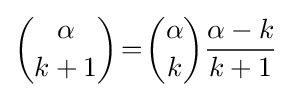
{\alpha  \choose k+1}\!=\!{\alpha  \choose k}{\frac {\alpha -k}{k+1}}